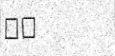
٥٢